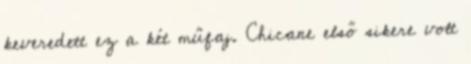
keveredett ez a két műfaj. Chicane első sikere volt